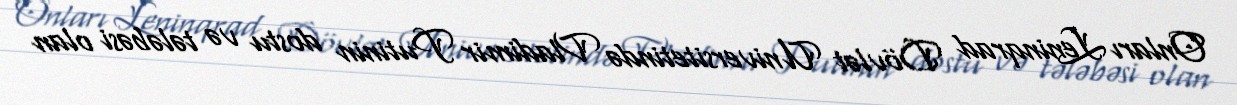
Onları Leninqrad Dövlət Universitetində Vladimir Putinin dostu və tələbəsi olan